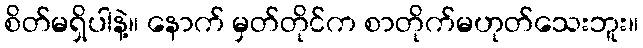
စိတ်မရှိပါနဲ့။ နောက် မှတ်တိုင်က စာတိုက်မဟုတ်သေးဘူး။